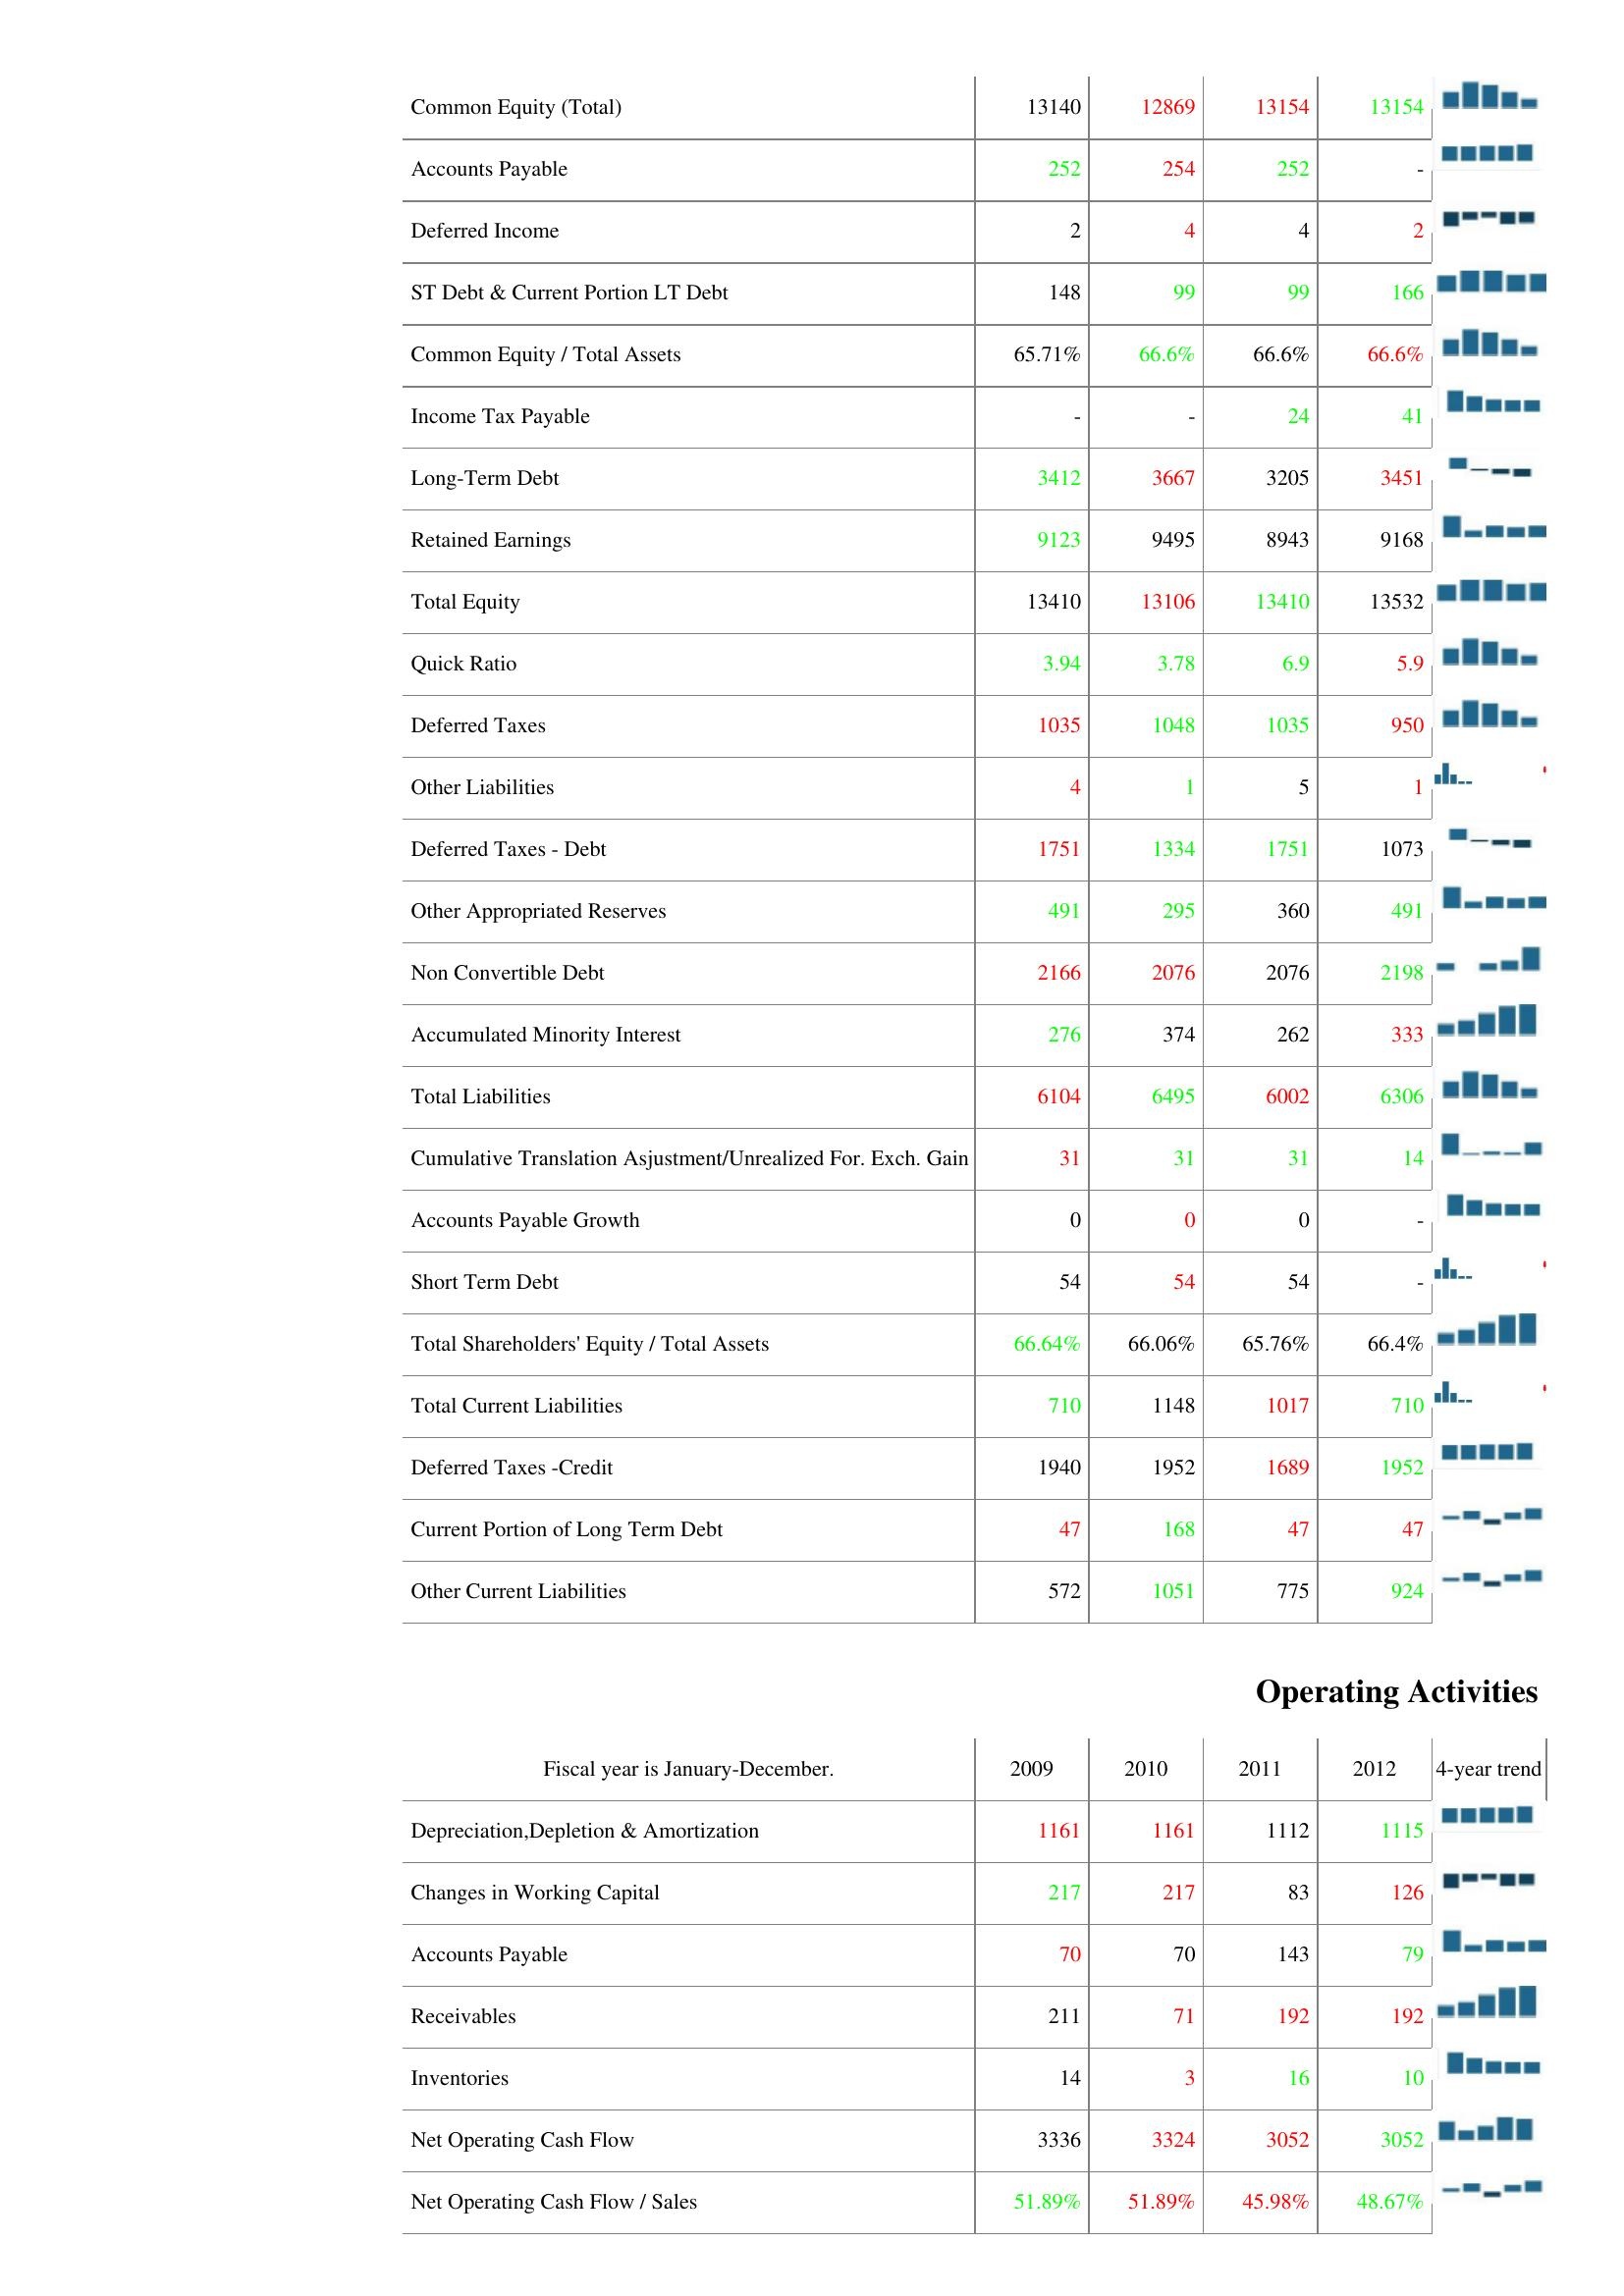
2009: Liabilities & Shareholder's Equity: Common Equity (Total): 13140
Accounts Payable: 252
Deferred Income: 2
ST Debt & Current Portion LT Debt: 148
Common Equity / Total Assets: 65.71%
Income Tax Payable: -
Long-Term Debt: 3412
Retained Earnings: 9123
Total Equity: 13410
Quick Ratio: 3.94
Deferred Taxes: 1035
Other Liabilities: 4
Deferred Taxes - Debt: 1751
Other Appropriated Reserves: 491
Non Convertible Debt: 2166
Accumulated Minority Interest: 276
Total Liabilities: 6104
Cumulative Translation Asjustment/Unrealized For. Exch. Gain: 31
Accounts Payable Growth: 0
Short Term Debt: 54
Total Shareholders' Equity / Total Assets: 66.64%
Total Current Liabilities: 710
Deferred Taxes -Credit: 1940
Current Portion of Long Term Debt: 47
Other Current Liabilities: 572
Operating Activities: Depreciation,Depletion & Amortization: 1161
Changes in Working Capital: 217
Accounts Payable: 70
Receivables: 211
Inventories: 14
Net Operating Cash Flow: 3336
Net Operating Cash Flow / Sales: 51.89%
2010: Liabilities & Shareholder's Equity: Common Equity (Total): 12869
Accounts Payable: 254
Deferred Income: 4
ST Debt & Current Portion LT Debt: 99
Common Equity / Total Assets: 66.6%
Income Tax Payable: -
Long-Term Debt: 3667
Retained Earnings: 9495
Total Equity: 13106
Quick Ratio: 3.78
Deferred Taxes: 1048
Other Liabilities: 1
Deferred Taxes - Debt: 1334
Other Appropriated Reserves: 295
Non Convertible Debt: 2076
Accumulated Minority Interest: 374
Total Liabilities: 6495
Cumulative Translation Asjustment/Unrealized For. Exch. Gain: 31
Accounts Payable Growth: 0
Short Term Debt: 54
Total Shareholders' Equity / Total Assets: 66.06%
Total Current Liabilities: 1148
Deferred Taxes -Credit: 1952
Current Portion of Long Term Debt: 168
Other Current Liabilities: 1051
Operating Activities: Depreciation,Depletion & Amortization: 1161
Changes in Working Capital: 217
Accounts Payable: 70
Receivables: 71
Inventories: 3
Net Operating Cash Flow: 3324
Net Operating Cash Flow / Sales: 51.89%
2011: Liabilities & Shareholder's Equity: Common Equity (Total): 13154
Accounts Payable: 252
Deferred Income: 4
ST Debt & Current Portion LT Debt: 99
Common Equity / Total Assets: 66.6%
Income Tax Payable: 24
Long-Term Debt: 3205
Retained Earnings: 8943
Total Equity: 13410
Quick Ratio: 6.9
Deferred Taxes: 1035
Other Liabilities: 5
Deferred Taxes - Debt: 1751
Other Appropriated Reserves: 360
Non Convertible Debt: 2076
Accumulated Minority Interest: 262
Total Liabilities: 6002
Cumulative Translation Asjustment/Unrealized For. Exch. Gain: 31
Accounts Payable Growth: 0
Short Term Debt: 54
Total Shareholders' Equity / Total Assets: 65.76%
Total Current Liabilities: 1017
Deferred Taxes -Credit: 1689
Current Portion of Long Term Debt: 47
Other Current Liabilities: 775
Operating Activities: Depreciation,Depletion & Amortization: 1112
Changes in Working Capital: 83
Accounts Payable: 143
Receivables: 192
Inventories: 16
Net Operating Cash Flow: 3052
Net Operating Cash Flow / Sales: 45.98%
2012: Liabilities & Shareholder's Equity: Common Equity (Total): 13154
Accounts Payable: -
Deferred Income: 2
ST Debt & Current Portion LT Debt: 166
Common Equity / Total Assets: 66.6%
Income Tax Payable: 41
Long-Term Debt: 3451
Retained Earnings: 9168
Total Equity: 13532
Quick Ratio: 5.9
Deferred Taxes: 950
Other Liabilities: 1
Deferred Taxes - Debt: 1073
Other Appropriated Reserves: 491
Non Convertible Debt: 2198
Accumulated Minority Interest: 333
Total Liabilities: 6306
Cumulative Translation Asjustment/Unrealized For. Exch. Gain: 14
Accounts Payable Growth: -
Short Term Debt: -
Total Shareholders' Equity / Total Assets: 66.4%
Total Current Liabilities: 710
Deferred Taxes -Credit: 1952
Current Portion of Long Term Debt: 47
Other Current Liabilities: 924
Operating Activities: Depreciation,Depletion & Amortization: 1115
Changes in Working Capital: 126
Accounts Payable: 79
Receivables: 192
Inventories: 10
Net Operating Cash Flow: 3052
Net Operating Cash Flow / Sales: 48.67%